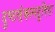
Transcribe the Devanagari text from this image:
दुष्टसंकल्पदूषितः